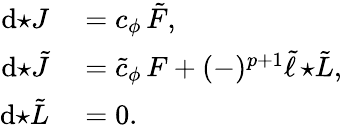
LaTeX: \begin{array}{rl}{\mathrm{d}{\star J}}&{{}=c_{\phi}\, \tilde{F},}\\ {\mathrm{d}{\star\tilde{J}}}&{{}=\tilde{c}_{\phi}\, F+(-)^{p+1}\tilde{\ell}\, {\star\tilde{L}},}\\ {\mathrm{d}{\star\tilde{L}}}&{{}=0.}\end{array}